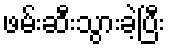
ဖမ်းဆီးသွားခဲ့ပြီး